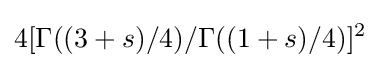
4[\Gamma ((3+s)/4)/\Gamma ((1+s)/4)]^{2}